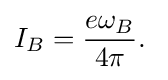
I_{B}={\frac {e\omega _{B}}{4\pi }}.\